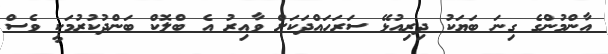
އާންމުންގެ ގިނަ ބަޔަކު ދިރިއުޅޭ ސަރަހައްދަކަށް ވާއިރު އެ ބްލޮކް ބަންދުކުރުމަކީ ވެސް